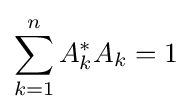
\sum _{k=1}^{n}A_{k}^{*}A_{k}=1